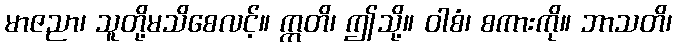
မာဇညာ၊ သူတို့မသိစေလင့်။ ဣတိ၊ ဤသို့။ ဝါစံ၊ စကားကို။ ဘာသတိ၊